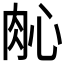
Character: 𬚲